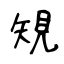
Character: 䂓